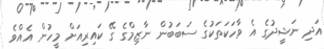
އަދި ނަޝީދުގެ އެ ވާހަކަތަކުގެ ސަބަބުން ނާޒިމްގެ ގޭ ކައިރިއަށް މީހުން އެއްވެ